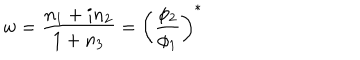
LaTeX: w = { \frac { n _ { 1 } + i n _ { 2 } } { 1 + n _ { 3 } } } = \left( { \frac { \phi _ { 2 } } { \phi _ { 1 } } } \right) ^ { * }